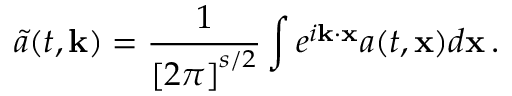
\tilde { a } ( t , \mathbf { k } ) = \frac { 1 } { \left[ 2 \pi \right] ^ { s / 2 } } \int e ^ { i \mathbf { k } \cdot \mathbf { x } } a ( t , \mathbf { x } ) d \mathbf { x } \, .